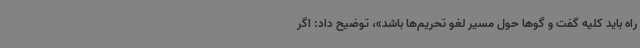
راه باید کلیه گفت و گوها حول مسیر لغو تحریم‌ها باشد»، توضیح داد: اگر